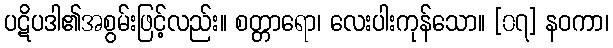
ပဋိပဒါ၏အစွမ်းဖြင့်လည်း။ စတ္တာရော၊ လေးပါးကုန်သော။ [၀၇] နဝကာ၊